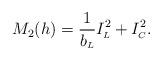
LaTeX: \begin{align*}M_2(h) = \frac{1}{b_{\scriptscriptstyle L}} I^{2}_{\scriptscriptstyle L}+I^{2}_{\scriptscriptstyle C}. \end{align*}